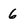
Character: 6